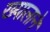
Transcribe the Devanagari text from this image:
ख्यालाने